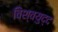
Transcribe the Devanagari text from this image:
विश्वयुद्द